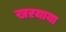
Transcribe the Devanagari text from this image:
खऱयाया